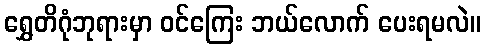
ရွှေတိဂုံဘုရားမှာ ဝင်ကြေး ဘယ်လောက် ပေးရမလဲ။